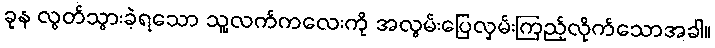
ခုန လွတ်သွားခဲ့ရသော သူ့လက်ကလေးကို အလွမ်းပြေလှမ်းကြည့်လိုက်သောအခါ။